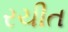
રચીત